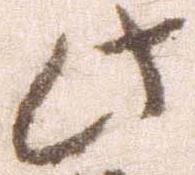
此